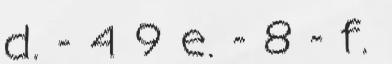
d. - 4 9 e. - 8 - f.